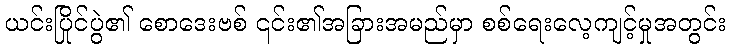
ယင်းပြိုင်ပွဲ၏ စောဒေးဗစ် ၎င်း၏အခြားအမည်မှာ စစ်ရေးလေ့ကျင့်မှုအတွင်း